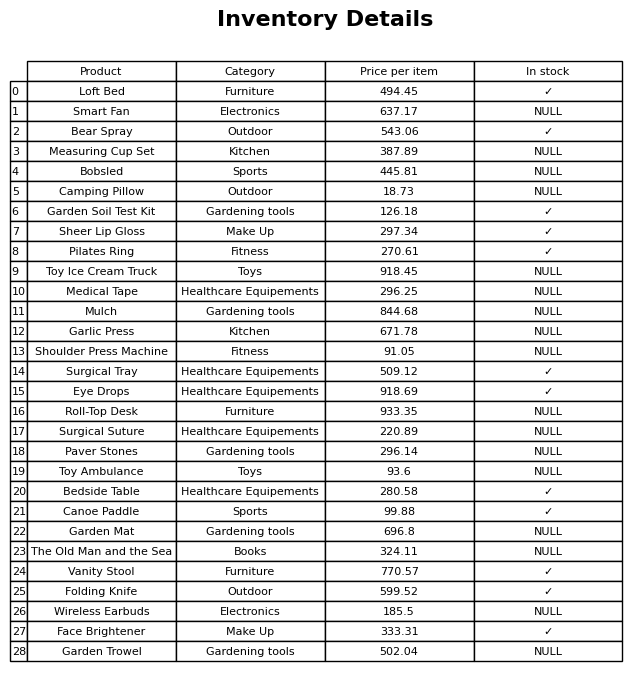
question: Is the Toy Ice Cream Truck in stock?
answer: NULL